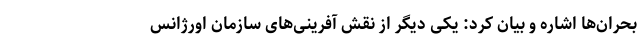
بحران‌ها اشاره و بیان کرد: یکی دیگر از نقش آفرینی‌های سازمان اورژانس